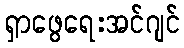
ရှာဖွေရေးအင်ဂျင်